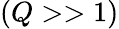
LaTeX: (Q>>1)